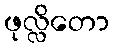
ဖုလ္လိတော